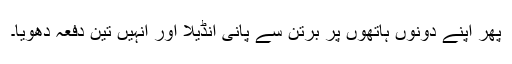
پھر اپنے دونوں ہاتھوں پر برتن سے پانی اُنڈیلا اور اُنہیں تین دفعہ دھویا۔